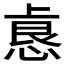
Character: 𫠺